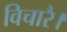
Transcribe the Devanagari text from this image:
विचारै।